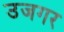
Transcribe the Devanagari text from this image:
उजगर